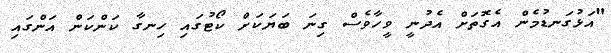
"އަޅުގަނޑުމެން އެގޮތަށް އެދުނީ ވީހާވެސް ގިނަ ބަޔަކަށް ކޯޓުގައި ހިނގާ ކަންކަން އަންގައި